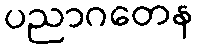
ပညာဂတေန